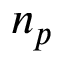
n _ { p }